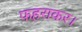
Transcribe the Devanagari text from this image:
फहराकर।